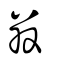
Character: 算